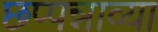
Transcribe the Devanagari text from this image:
छप्पन्नाव्या